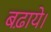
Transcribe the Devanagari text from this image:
बढ़ाये।